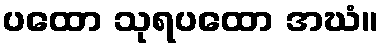
ပထော သုရပထော အဃံ။